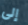
إلى